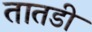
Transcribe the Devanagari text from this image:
तातडी